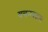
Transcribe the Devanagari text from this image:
बचनबद्धता